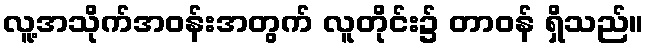
လူ့အသိုက်အဝန်းအတွက် လူတိုင်း၌ တာဝန် ရှိသည်။